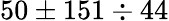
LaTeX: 50\pm 151\div 44